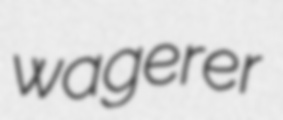
wagerer